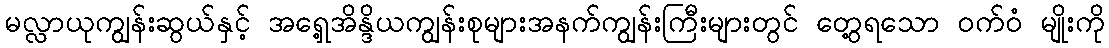
မလ္လာယုကျွန်းဆွယ်နှင့် အရှေ့အိန္ဒိယကျွန်းစုများအနက်ကျွန်းကြီးများတွင် တွေ့ရသော ဝက်ဝံ မျိုးကို